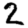
Digit: 2